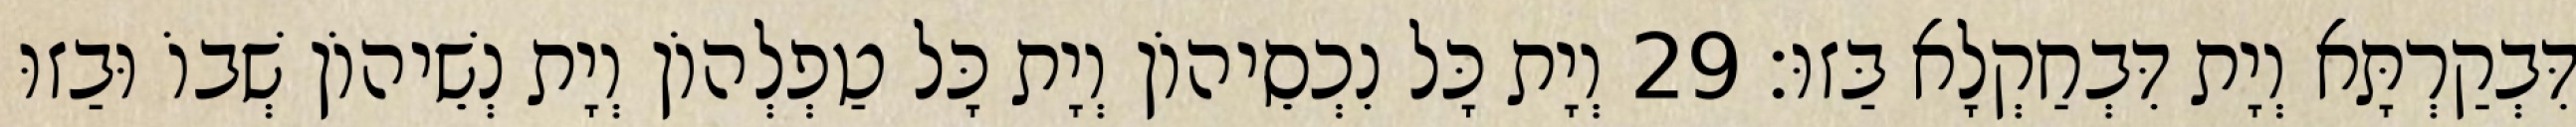
דִּבְקַרְתָּא וְיָת דִּבְחַקְלָא בַּזוּ׃ 29 וְיָת כָּל נִכְסֵיהוֹן וְיָת כָּל טַפְלְהוֹן וְיָת נְשֵׁיהוֹן שְׁבוֹ וּבַזוּ